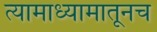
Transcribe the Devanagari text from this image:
त्यामाध्यामातूनच